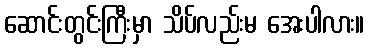
ဆောင်းတွင်းကြီးမှာ သိပ်လည်းမ အေးပါလား။